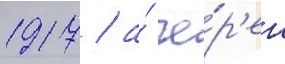
1917 / а́ че́р'ез